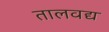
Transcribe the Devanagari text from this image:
तालवद्य